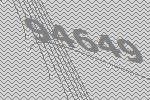
94649